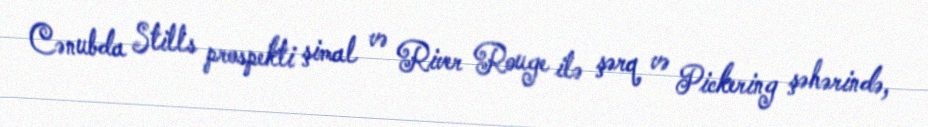
Cənubda Stills prospekti şimal və River Rouge ilə şərq və Pickering şəhərində,